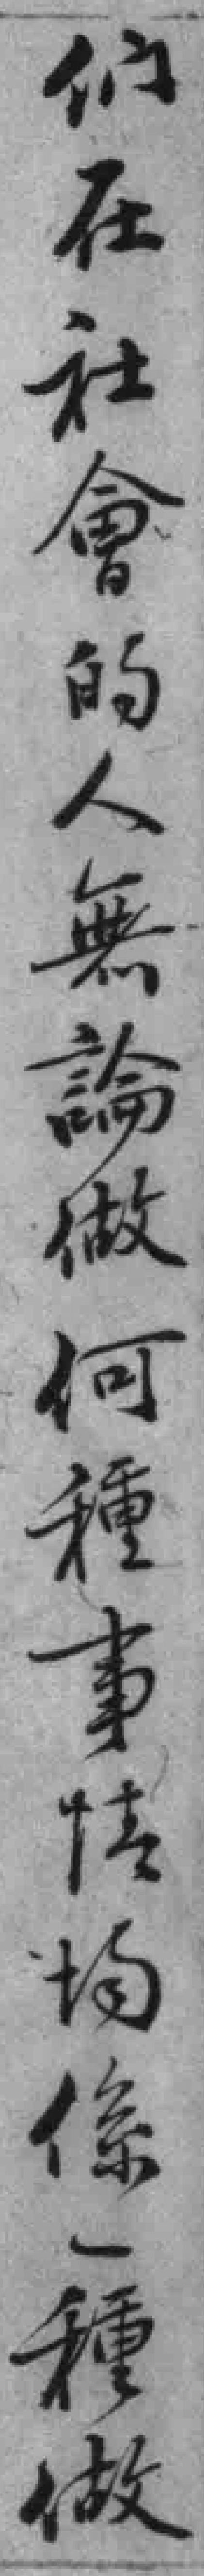
们在社會的人無論做何種事情均係一種做